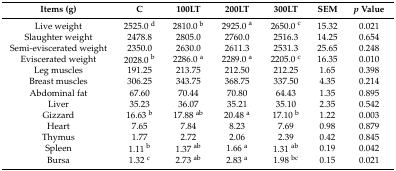
<table><thead><tr><td><b>Items (g)</b></td><td><b>C</b></td><td><b>100LT</b></td><td><b>200LT</b></td><td><b>300LT</b></td><td><b>SEM</b></td><td><b><i>p</i> Value</b></td></tr></thead><tbody><tr><td>Live weight </td><td>2525.0 <sup>d</sup></td><td>2810.0 <sup>b</sup></td><td>2925.0 <sup>a</sup></td><td>2650.0 <sup>c</sup></td><td>15.32</td><td>0.021</td></tr><tr><td>Slaughter weight </td><td>2478.8</td><td>2805.0</td><td>2760.0</td><td>2516.3</td><td>14.25</td><td>0.654</td></tr><tr><td>Semi-eviscerated weight</td><td>2350.0</td><td>2630.0</td><td>2611.3</td><td>2531.3</td><td>25.65</td><td>0.248</td></tr><tr><td>Eviscerated weight</td><td>2028.0 <sup>b</sup></td><td>2286.0 <sup>a</sup></td><td>2289.0 <sup>a</sup></td><td>2205.0 <sup>c</sup></td><td>16.35</td><td>0.010</td></tr><tr><td>Leg muscles</td><td>191.25</td><td>213.75</td><td>212.50</td><td>212.25</td><td>1.65</td><td>0.398</td></tr><tr><td>Breast muscles</td><td>306.25</td><td>343.75</td><td>368.75</td><td>337.50</td><td>4.35</td><td>0.214</td></tr><tr><td>Abdominal fat</td><td>67.60</td><td>70.44</td><td>70.80</td><td>64.43</td><td>1.35</td><td>0.895</td></tr><tr><td>Liver </td><td>35.23</td><td>36.07</td><td>35.21</td><td>35.10</td><td>2.35</td><td>0.542</td></tr><tr><td>Gizzard </td><td>16.63 <sup>b</sup></td><td>17.88 <sup>ab</sup></td><td>20.48 <sup>a</sup></td><td>17.10 <sup>b</sup></td><td>1.22</td><td>0.003</td></tr><tr><td>Heart </td><td>7.65</td><td>7.84</td><td>8.23</td><td>7.69</td><td>0.98</td><td>0.879</td></tr><tr><td>Thymus </td><td>1.77</td><td>2.72</td><td>2.06</td><td>2.39</td><td>0.42</td><td>0.845</td></tr><tr><td>Spleen </td><td>1.11 <sup>b</sup></td><td>1.37 <sup>ab</sup></td><td>1.66 <sup>a</sup></td><td>1.31 <sup>ab</sup></td><td>0.19</td><td>0.042</td></tr><tr><td>Bursa </td><td>1.32 <sup>c</sup></td><td>2.73 <sup>ab</sup></td><td>2.83 <sup>a</sup></td><td>1.98 <sup>bc</sup></td><td>0.15</td><td>0.021</td></tr></tbody></table>